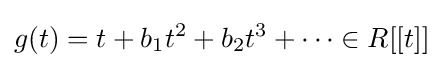
g(t)=t+b_{1}t^{2}+b_{2}t^{3}+\cdots \in R[[t]]